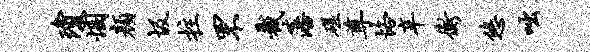
琼悃颜圾拄罘截藩磋尊恪辛衡悠咄